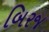
બિરજ